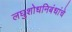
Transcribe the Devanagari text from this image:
लघुशोधनिबंधांचे